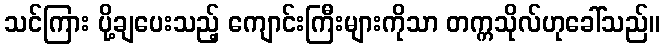
သင်ကြား ပို့ချပေးသည့် ကျောင်းကြီးများကိုသာ တက္ကသိုလ်ဟုခေါ်သည်။